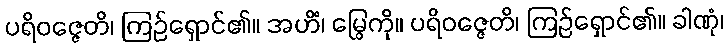
ပရိဝဇ္ဇေတိ၊ ကြဉ်ရှောင်၏။ အဟိံ၊ မြွေကို။ ပရိဝဇ္ဇေတိ၊ ကြဉ်ရှောင်၏။ ခါဏုံ၊